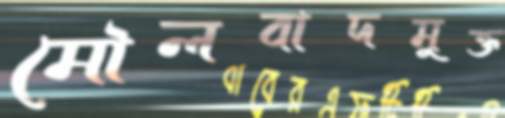
মৌলবাদমুক্ত